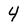
Character: 4